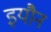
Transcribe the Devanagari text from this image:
इयौन